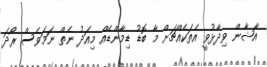
އާޝާން ވިދާޅުވީ އެތަކެއްޗަށް މާ ބޮޑު ޑިމާންޑެއް މިއަދު ނެތް ނަމަވެސް ރޯދަ